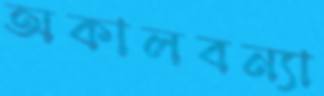
অকালবন্যা